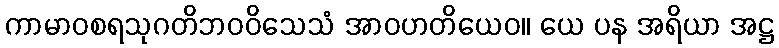
ကာမာဝစရသုဂတိဘဝဝိသေသံ အာဝဟတိယေဝ။ ယေ ပန အရိယာ အဋ္ဌ